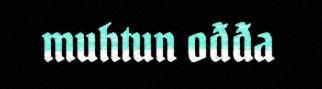
muhtun ođđa